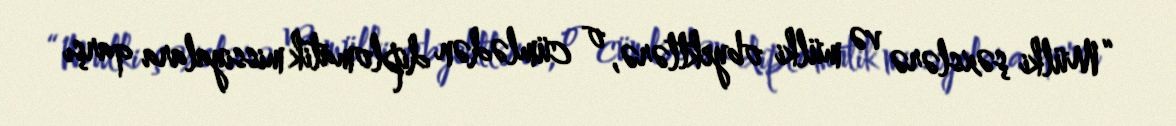
“Mülki şəxslərə və mülki obyektlərə, o cümlədən diplomatik missiyalara qarşı